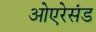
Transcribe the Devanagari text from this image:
ओएरेसंड